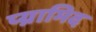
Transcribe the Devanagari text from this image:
प्य्रामिद